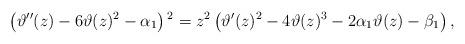
LaTeX: \begin{align*}\left(\vartheta''(z)-6 \vartheta(z)^2-\alpha_1\right){}^2=z^2 \left( \vartheta'(z)^2-4 \vartheta(z)^3-2\alpha_1 \vartheta(z)-\beta_1\right),\end{align*}